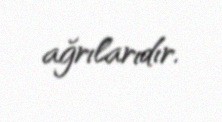
ağrılarıdır.